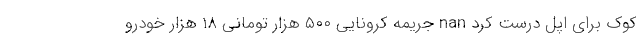
کوک برای اپل درست کرد nan جریمه کرونایی ۵۰۰ هزار تومانی ۱۸ هزار خودرو